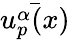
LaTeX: \bar{u_{p}^{\alpha}(x)}